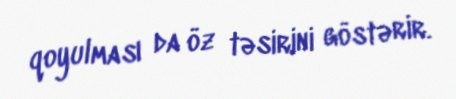
qoyulması da öz təsirini göstərir.